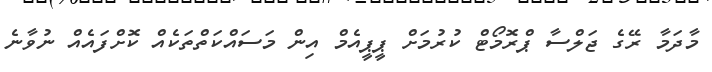
މާދަމާ ރޭގެ ޖަލްސާ ޕްރޮމޯޓް ކުރުމަށް ޕީޕީއެމް އިން މަސައްކަތްތަކެއް ކޮށްފައެއް ނުވާނެ